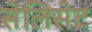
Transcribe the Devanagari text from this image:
सेलिसेट